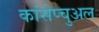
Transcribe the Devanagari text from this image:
कांसेप्चुअल